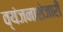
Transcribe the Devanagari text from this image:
व्यंजनाशेजारी